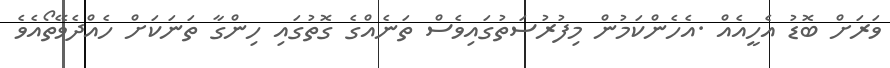
ވަރަށް ބޮޑު އެހީއެއް .އެހެންކަމުން މިފުރުސަތުގައިވެސް ތަނެއްގެ ގޮތުގައި ހިންގާ ތަނަކަށް ހެއްދެވޭތޯއެވެ